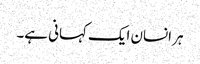
ہر انسان ایک کہانی ہے۔